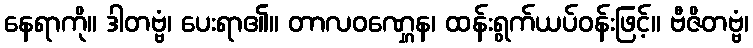
နေရာကို။ ဒါတဗ္ဗံ၊ ပေးရာ၏။ တာလဝဏ္ဋေန၊ ထန်းရွက်ယပ်ဝန်းဖြင့်။ ဗီဇိတဗ္ဗံ၊